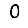
Digit: 0